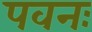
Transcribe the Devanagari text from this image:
पवनः